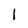
Character: l